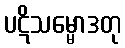
ပဋိသမ္မောဒတု